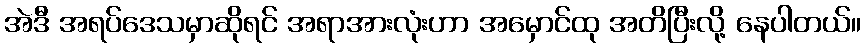
အဲဒီ အရပ်ဒေသမှာဆိုရင် အရာအားလုံးဟာ အမှောင်ထု အတိပြီးလို့ နေပါတယ်။